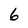
Character: 6